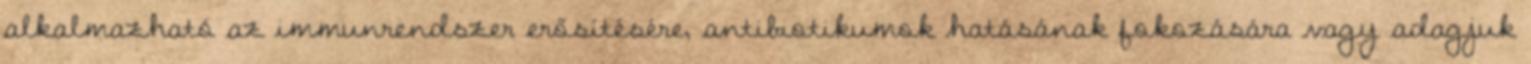
alkalmazható az immunrendszer erősítésére, antibiotikumok hatásának fokozására vagy adagjuk